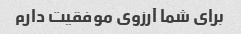
برای شما آرزوی موفقیت دارم